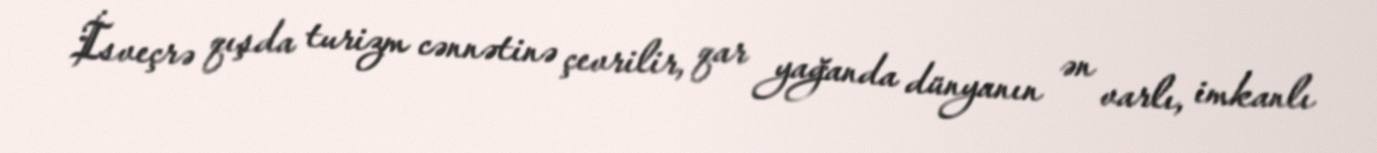
İsveçrə qışda turizm cənnətinə çevrilir, qar yağanda dünyanın ən varlı, imkanlı